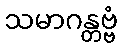
သမာဂန္တဗ္ဗံ